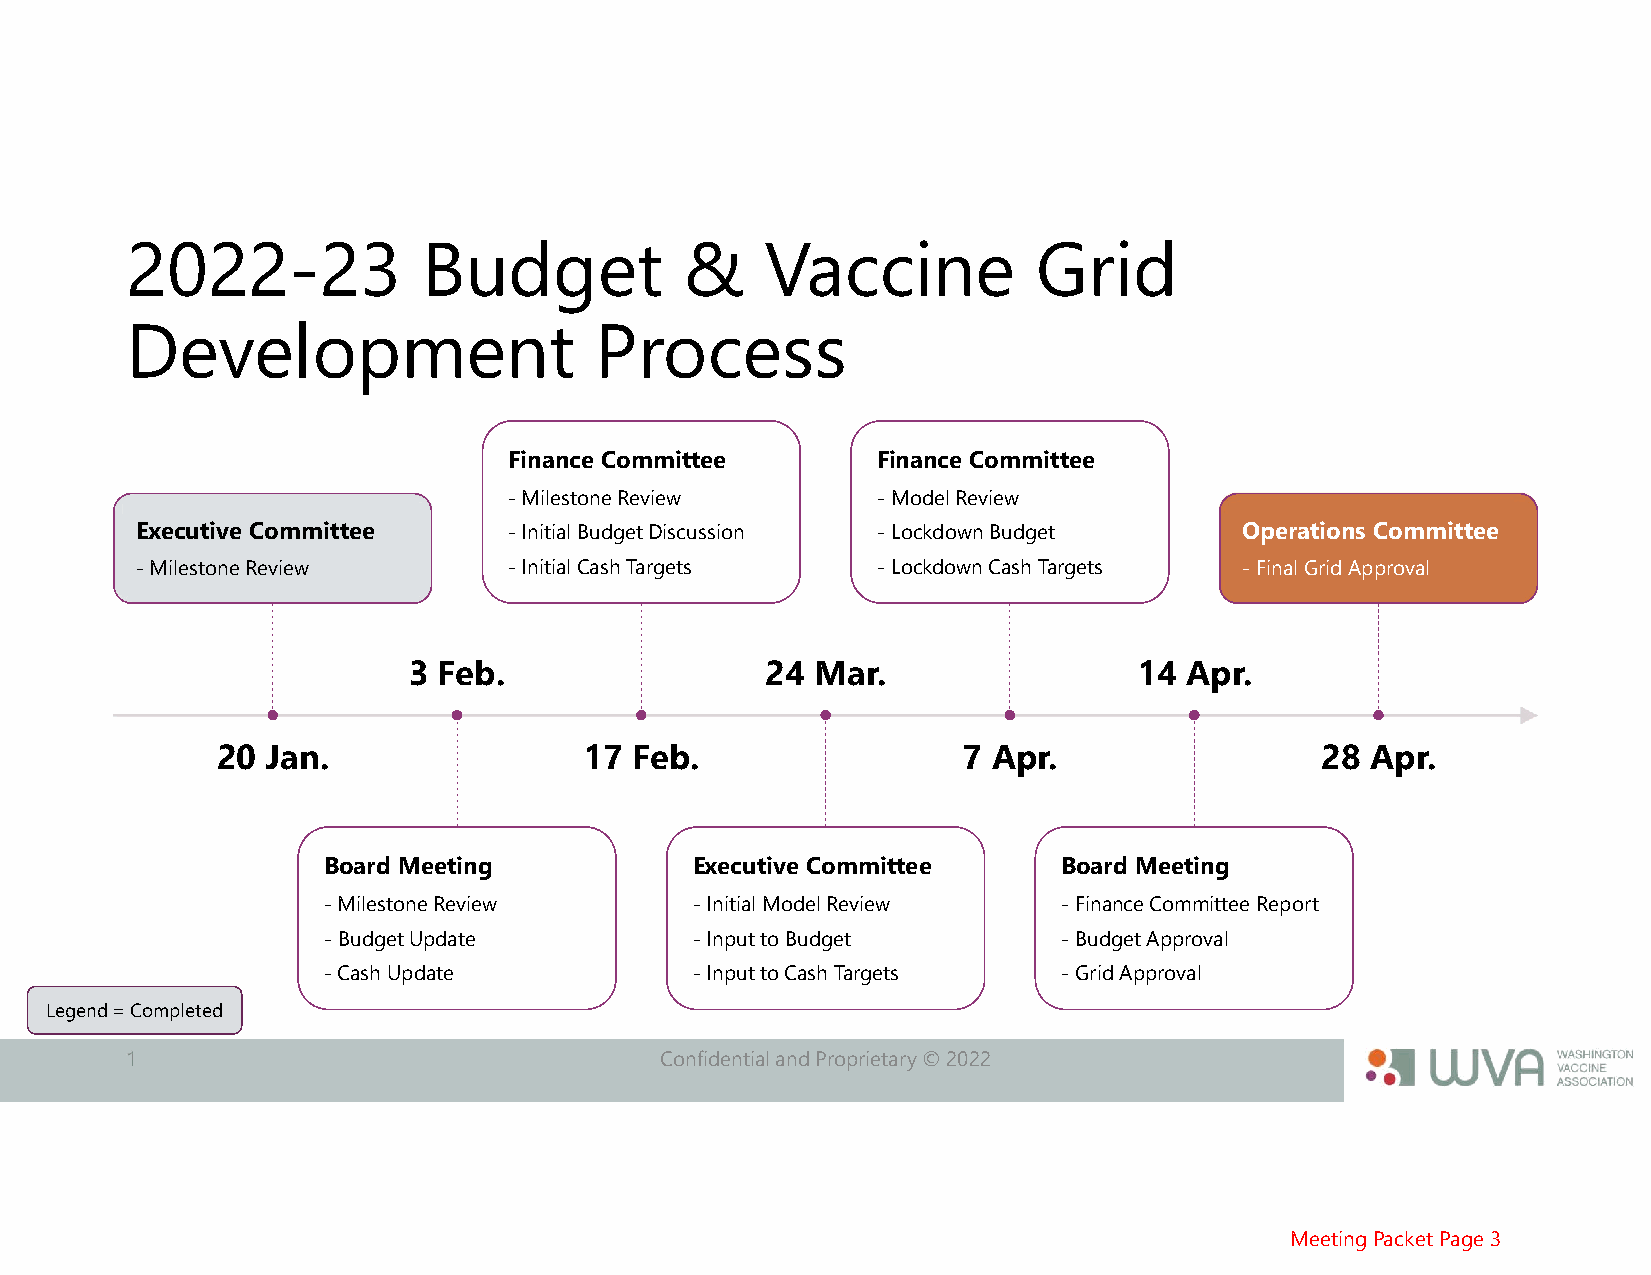
2022-23             Budget           &     Vaccine           Grid
 Development                    Process
 Finance Committee       Finance Committee
 -Milestone Review       -Model Review
 Executive Committee      -Initial Budget Discussion -Lockdown Budget     Operations Committee
 -Milestone Review        -Initial Cash Targets   -Lockdown Cash Targets  -Final Grid Approval
 3 Feb.                  24 Mar.                 14 Apr.
 20  Jan.                 17 Feb.                  7 Apr.                 28  Apr.
 Board Meeting            Executive Committee     Board Meeting
 -Milestone Review        -Initial Model Review   -Finance Committee Report
 -Budget Update           -Input to Budget        -Budget Approval
 -Cash Update             -Input to Cash Targets  -Grid Approval
 Legend = Completed
 1                                   Confidential and Proprietary © 2022
 Meeting Packet Page 3